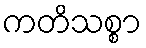
ကတိသစ္စာ